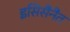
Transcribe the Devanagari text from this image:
इसिसैनैत